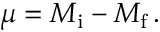
\mu = M _ { \mathrm { i } } - M _ { \mathrm { f } } \, .